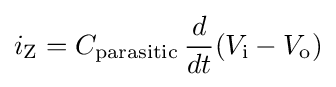
i_{\text{Z}}=C_{\text{parasitic}}\,{d \over dt}(V_{\text{i}}-V_{\text{o}})